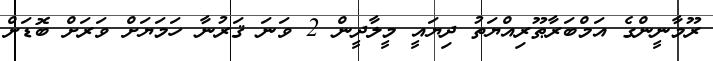
ރޫމާނީންގެ އަމްބަރާޠޫރިއްޔަތު ދިޔައީ މީލާދީން 2 ވަނަ ޤަރުނާ ހަމަޔަށް ވަރަށް ބޮޑަށް